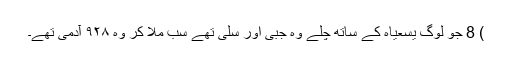
) 8 جو لوگ یسعیاہ کے ساتھ چلے وہ جبّی اور سلّی تھے سب ملا کر وہ ۹۲۸ آدمی تھے۔